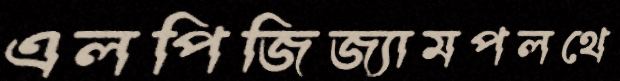
এলপিজিজ্যামপলথে